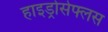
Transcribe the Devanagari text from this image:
हाइड्रोसेफ्लस